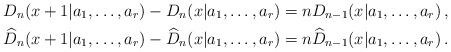
LaTeX: \begin{align*}D_n(x+1|a_1,\dots,a_r)-D_n(x|a_1,\dots,a_r)&=n D_{n-1}(x|a_1,\dots,a_r)\,,\\\widehat D_n(x+1|a_1,\dots,a_r)-\widehat D_n(x|a_1,\dots,a_r)&=n\widehat D_{n-1}(x|a_1,\dots,a_r)\,.\end{align*}